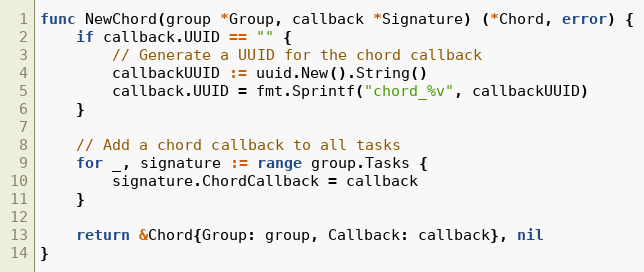
Language: Go
func NewChord(group *Group, callback *Signature) (*Chord, error) {
	if callback.UUID == "" {
		// Generate a UUID for the chord callback
		callbackUUID := uuid.New().String()
		callback.UUID = fmt.Sprintf("chord_%v", callbackUUID)
	}

	// Add a chord callback to all tasks
	for _, signature := range group.Tasks {
		signature.ChordCallback = callback
	}

	return &Chord{Group: group, Callback: callback}, nil
}